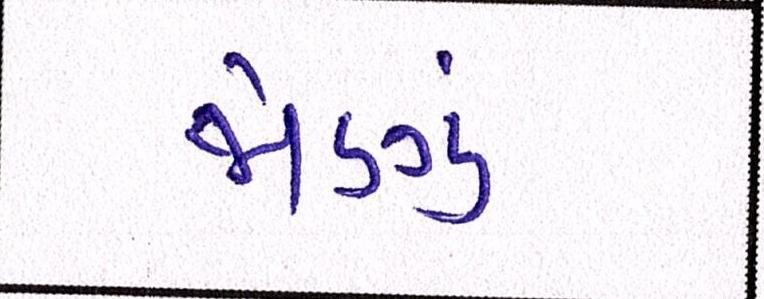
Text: જોણું